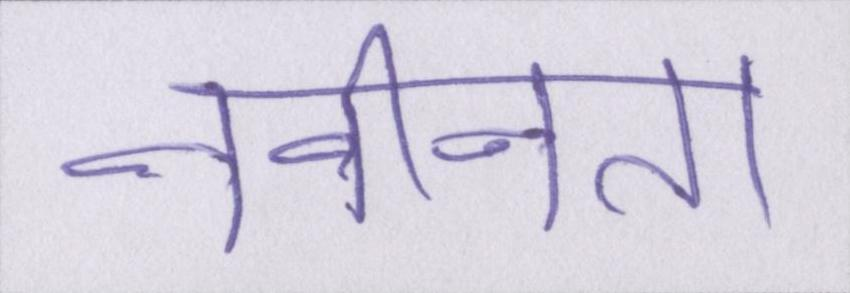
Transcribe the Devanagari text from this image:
नवीनता